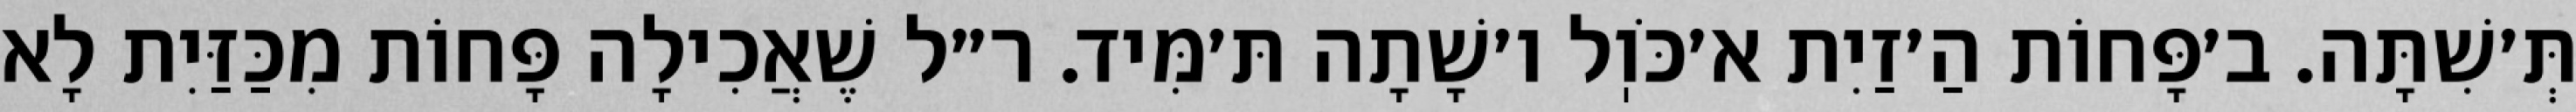
תְּ׳שִׁתָּה. ב׳פָּחוֹת הַ׳זַיִת א׳כֹּוֽל ו׳שָׁתָה תּ׳מִּיד. ר״ל שֶׁאֲכִילָה פָּחוֹת מִכַּזַּיִת לָא